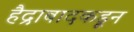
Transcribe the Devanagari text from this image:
हैद्राबादकडून